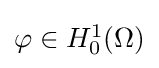
{\textstyle \varphi \in H_{0}^{1}(\Omega )}